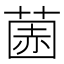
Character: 𫈽